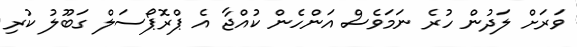
ވަރަށް ލަދުން ހުރެ ނަމަވެސް އަންހެން ކުއްޖާ އެ ޕްރޮޕޯސަލް ގަބޫލު ކުރި